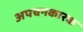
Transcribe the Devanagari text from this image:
अपचनकारक